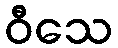
ဝီသေ